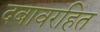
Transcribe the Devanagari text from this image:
दबावरहित